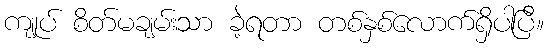
ကျုပ် စိတ်မချမ်းသာ ခဲ့ရတာ တစ်နှစ်လောက်ရှိပါပြီ။